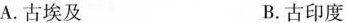
A.古埃及 B.古印度